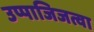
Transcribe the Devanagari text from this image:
उप्पाजिजत्वा